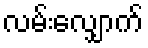
လမ်းလျှောက်